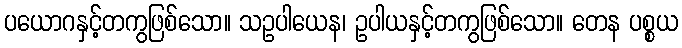
ပယောဂနှင့်တကွဖြစ်သော။ သဥပါယေန၊ ဥပါယနှင့်တကွဖြစ်သော။ တေန ပစ္စယ